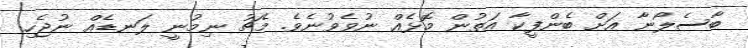
ބާސެލޯނާ އަށް ބެންފީކާ އަތުން މޮޅެއް ނުވެވުނެވެ. މެޗު ނިމުނީ ލަނޑެއް ނުޖެހި